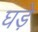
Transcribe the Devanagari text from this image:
घडे़